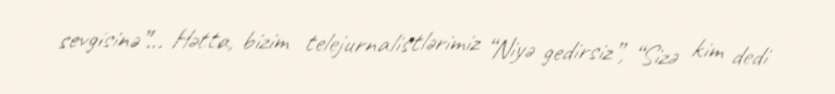
sevgisinə”... Hətta, bizim telejurnalistlərimiz “Niyə gedirsiz”, “Sizə kim dedi